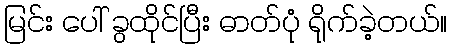
မြင်း ပေါ် ခွထိုင်ပြီး ဓာတ်ပုံ ရိုက်ခဲ့တယ်။